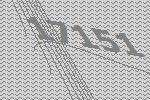
17151